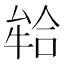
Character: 𭷪